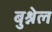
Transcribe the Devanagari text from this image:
बुश्नेल